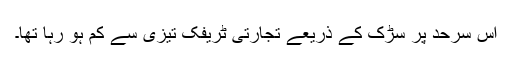
اس سرحد پر سڑک کے ذریعے تجارتی ٹریفک تیزی سے کم ہو رہا تھا۔